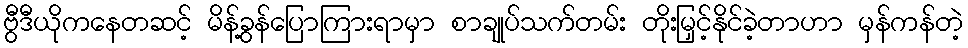
ဗွီဒီယိုကနေတဆင့် မိန့်ခွန်ပြောကြားရာမှာ စာချုပ်သက်တမ်း တိုးမြှင့်နိုင်ခဲ့တာဟာ မှန်ကန်တဲ့